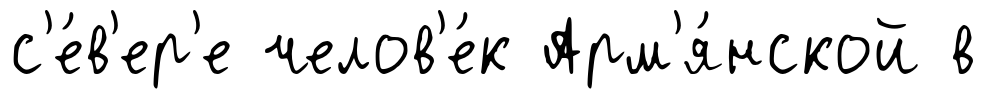
с'е́в'ер'е челов'е́к Арм'я́нской в